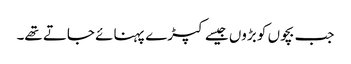
جب بچوں کو بڑوں جیسے کپڑے پہنائے جاتے تھے۔